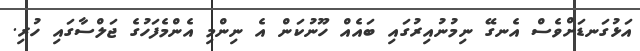
އަޅުގަނޑަށްވެސް އެނގޭ ނިމުނުއިރުގައި ބައެއް ހޫނުކަން އެ ނިންމި އެންމެފަހުގެ ޖަލްސާގައި ހުރި.